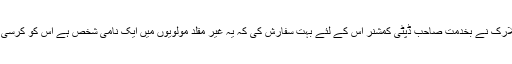
اور قبل اس کے کہ وہ شہادت دینے کے لئے عدالت کے سامنے آوے ڈاکٹر کلارک نے بخدمت صاحب ڈپٹی کمشنر اس کے لئے بہت سفارش کی کہ یہ غیر مقلد مولویوں میں ایک نامی شخص ہے اس کو کرسی ملنی چاہئے مگر صاحب ڈپٹی کمشنر بہادر نے اس سفارش کو منظور نہ کیا۔